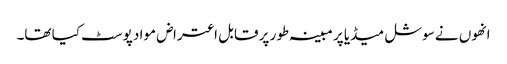
انھوں نے سوشل میڈیا پر مبینہ طور پر قابل اعتراض مواد پوسٹ کیا تھا۔